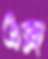
এক্স